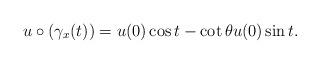
LaTeX: \begin{align*} u\circ(\gamma_x(t))= u(0) \cos t - \cot\theta u(0) \sin t.\end{align*}